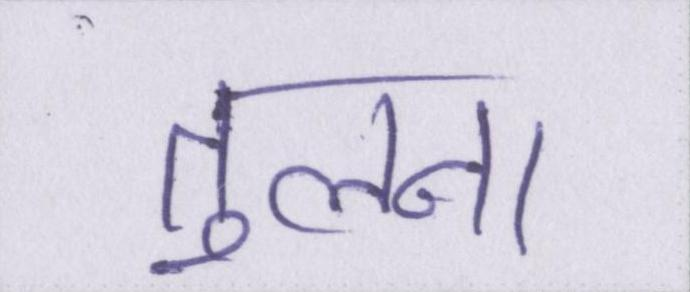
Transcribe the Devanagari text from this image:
तुलना